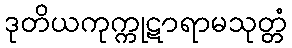
ဒုတိယကုက္ကုဋာရာမသုတ္တံ